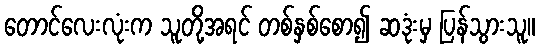
တောင်လေးလုံးက သူတို့အရင် တစ်နှစ်စော၍ ဆဒုံးမှ ပြန်သွားသူ။